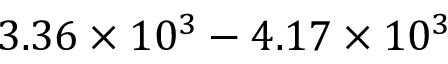
3 . 3 6 \times 1 0 ^ { 3 } - 4 . 1 7 \times 1 0 ^ { 3 }